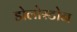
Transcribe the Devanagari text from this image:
डोलोस्टोन